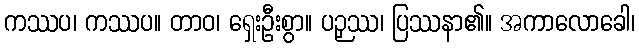
ကဿပ၊ ကဿပ။ တာဝ၊ ရှေးဦးစွာ။ ပဉှဿ၊ ပြဿနာ၏။ အကာလောခေါ၊